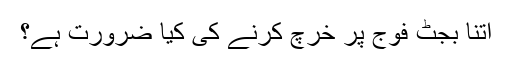
اتنا بجٹ فوج پر خرچ کرنے کی کیا ضرورت ہے؟